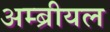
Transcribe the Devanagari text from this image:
अम्ब्रीयल